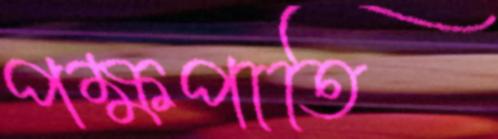
পক্ষপাতি